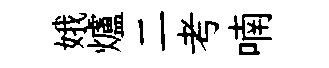
娥爐二考喃